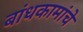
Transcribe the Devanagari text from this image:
बांधकामांचे